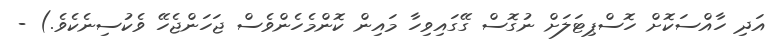
އަދި ހާއްސަކޮށް ހޮސްޕިޓަލަށް ނުގޮސް ގޭގައިވިހާ މައިން ކޮންމެހެންވެސް ޖަހަންޖެހޭ ވެކުސިނެކެވެ.) -